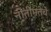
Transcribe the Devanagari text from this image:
नीतीमत्तेचे